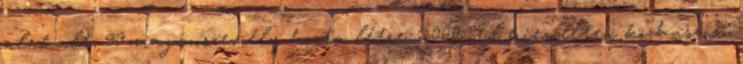
alakult, 33 magánszemély hozta létre. 2000 óta kiemelten közhasznú